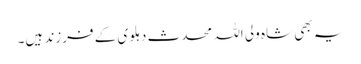
یہ بھی شاہ ولی اللہ محدث دہلوی کے فرزند ہیں۔